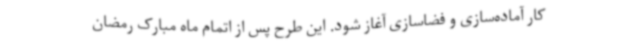
کار آماده‌سازی و فضاسازی آغاز شود. این طرح پس از اتمام ماه مبارک رمضان